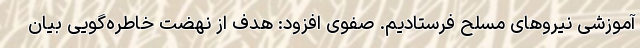
آموزشی نیروهای مسلح فرستادیم. صفوی افزود: هدف از نهضت خاطره‌گویی بیان